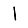
Digit: 1